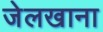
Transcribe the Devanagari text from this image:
जेलखाना